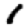
Digit: 1